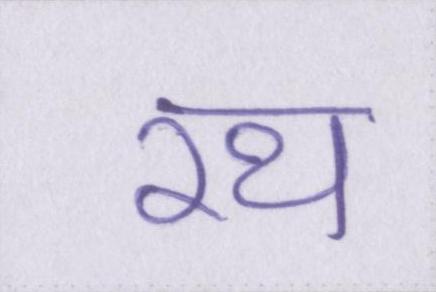
रथ